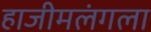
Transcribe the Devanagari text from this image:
हाजीमलंगला